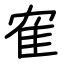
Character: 隺